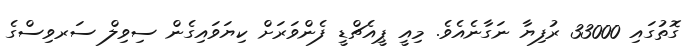
ގޮތުގައި 33000 ރުފިޔާ ނަގާނެއެވެ. މިއީ ޕީއެޗްޑީ ފެންވަރަށް ކިޔަވައިގެން ސިވިލް ސަރވިސްގެ